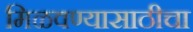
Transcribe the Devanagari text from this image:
मिळवण्यासाठीचा